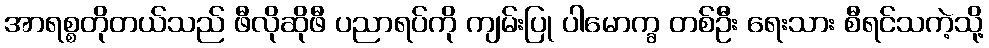
အာရစ္စတိုတယ်သည် ဖီလိုဆိုဖီ ပညာရပ်ကို ကျမ်းပြု ပါမောက္ခ တစ်ဦး ရေးသား စီရင်သကဲ့သို့